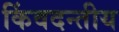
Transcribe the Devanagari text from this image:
किंवदन्तीय